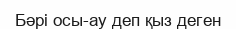
Бәрі осы-ау деп қыз деген